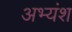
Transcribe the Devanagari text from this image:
अभ्यंश